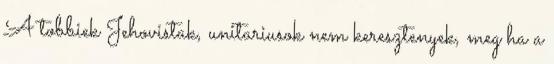
A tobbiek Jehovistak, unitariusok nem keresztenyek, meg ha a